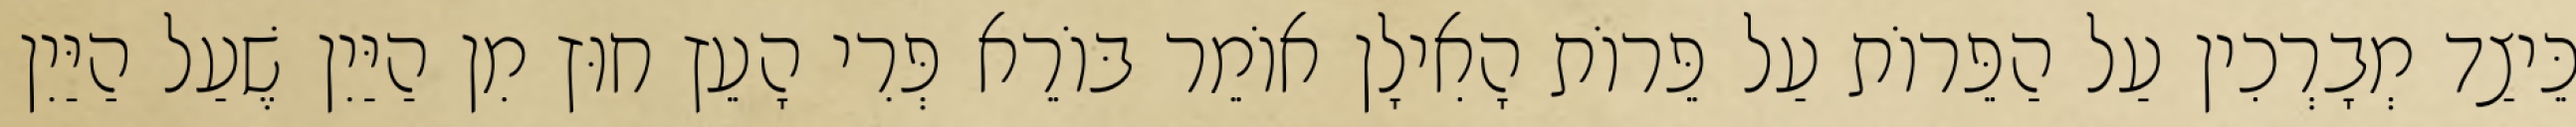
כֵּיצַד מְבָרְכִין עַל הַפֵּרוֹת עַל פֵּרוֹת הָאִילָן אוֹמֵר בּוֹרֵא פְּרִי הָעֵץ חוּץ מִן הַיַּיִן שֶׁעַל הַיַּיִן